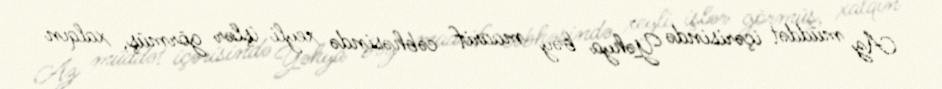
Az müddət içərisində Yəhya bəy maarif cəbhəsində xeyli işlər görmüş, xalqın